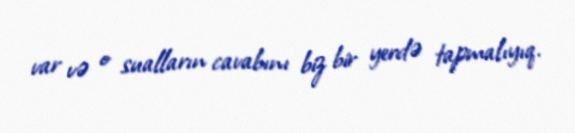
var və o sualların cavabını biz bir yerdə tapmalıyıq.